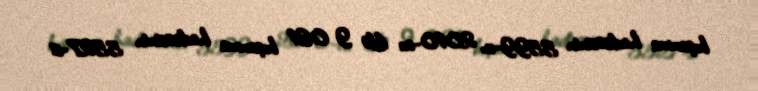
boşanma hadisəsinin 5599-u, 2010-cu ildə 9 061 boşanma hadisəsinin 5527-si